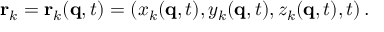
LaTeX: \mathbf { r } _ { k } = \mathbf { r } _ { k } ( \mathbf { q } , t ) = ( x _ { k } ( \mathbf { q } , t ) , y _ { k } ( \mathbf { q } , t ) , z _ { k } ( \mathbf { q } , t ) , t ) \, .